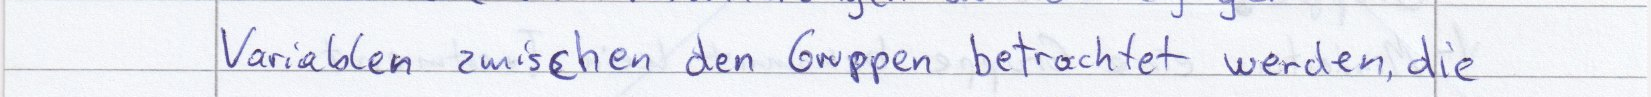
Variablen zwischen den Gruppen betrachtet werden, die